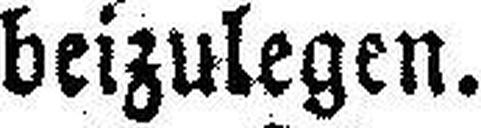
beizulegen.